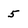
Character: 5